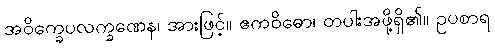
အဝိက္ခေပလက္ခဏေန၊ အားဖြင့်။ ဧကဝိဓော၊ တပါးအဖို့ရှိ၏။ ဥပစာရ